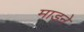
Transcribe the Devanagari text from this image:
माडने